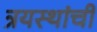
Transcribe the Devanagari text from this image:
त्रयस्थांची